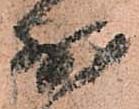
少